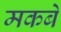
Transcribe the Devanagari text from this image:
मकबे